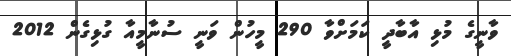
ވާނީގެ މުޅި އާބާދީ ކަމަށްވާ 290 މީހުން ވަނީ ސުނާމީއާ ގުޅިގެން 2012